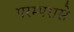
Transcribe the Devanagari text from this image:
परम्परासे